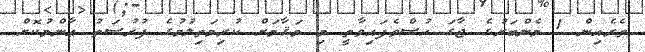
ތެރެއިން 1 މެންބަރުގެ ޖާގަ ހުސްވެފައިވާތީ މި މަޤާމަށް ކުރިމަތިލުމުގެ ފުރުޞަތު ޢާންމުކޮށް